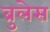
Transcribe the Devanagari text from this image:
ब्रुलेस